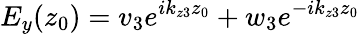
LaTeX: E_{y}(z_{0})=v_{3}e^{ik_{z3}z_{0}}+w_{3}e^{-ik_{z3}z_{0}}